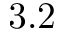
3 . 2